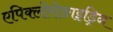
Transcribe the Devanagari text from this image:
एपिक्लोरोङाइड्रिन